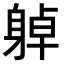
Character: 𨉔